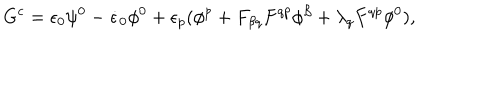
LaTeX: G ^ { c } = \epsilon _ { 0 } \psi ^ { 0 } - { \dot { \epsilon } _ { 0 } } \phi ^ { 0 } + \epsilon _ { p } ( \phi ^ { p } + F _ { \beta q } F ^ { q p } \phi ^ { \beta } + \lambda _ { q } F ^ { q p } \phi ^ { 0 } ) ,